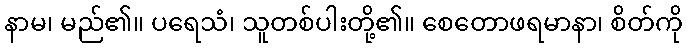
နာမ၊ မည်၏။ ပရေသံ၊ သူတစ်ပါးတို့၏။ စေတောဖရမာနာ၊ စိတ်ကို